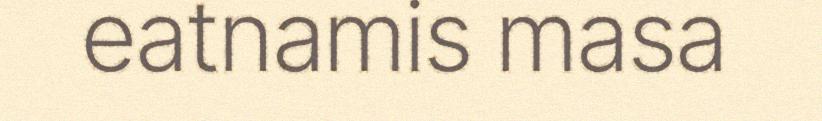
eatnamis masa